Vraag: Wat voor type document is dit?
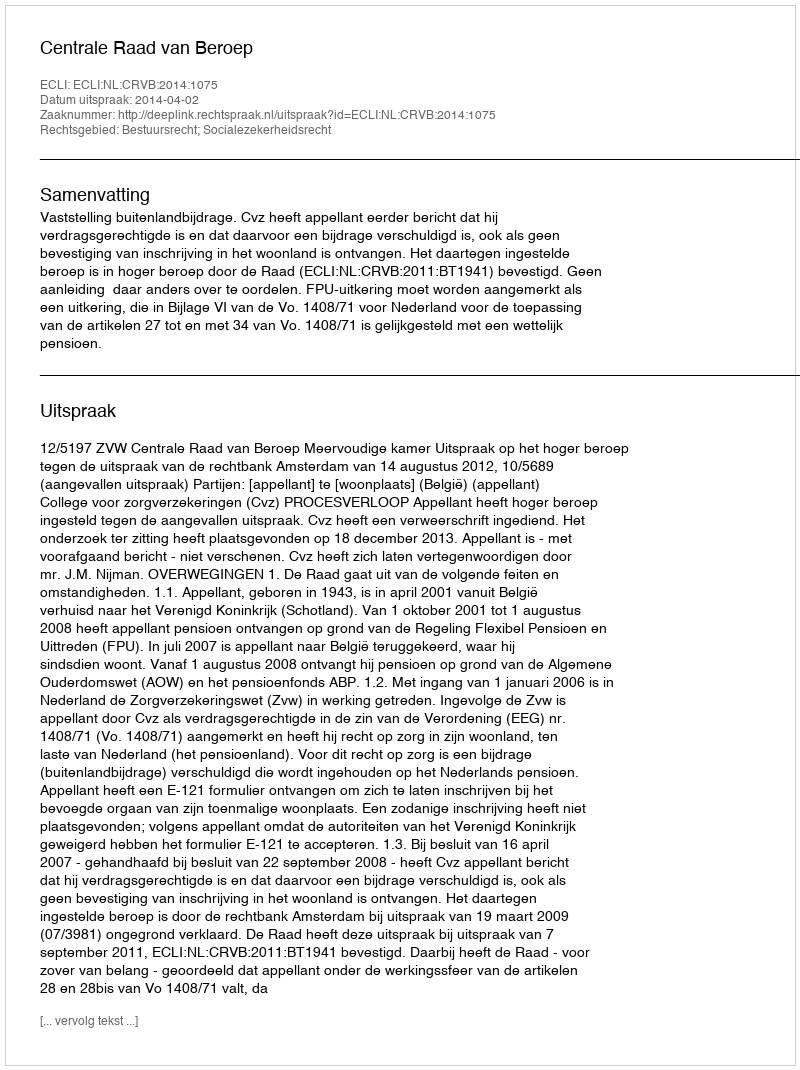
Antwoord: Uitspraak